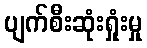
ပျက်စီးဆုံးရှုံးမှု